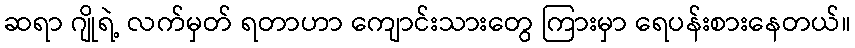
ဆရာ ဂျိုရဲ့ လက်မှတ် ရတာဟာ ကျောင်းသားတွေ ကြားမှာ ရေပန်းစားနေတယ်။